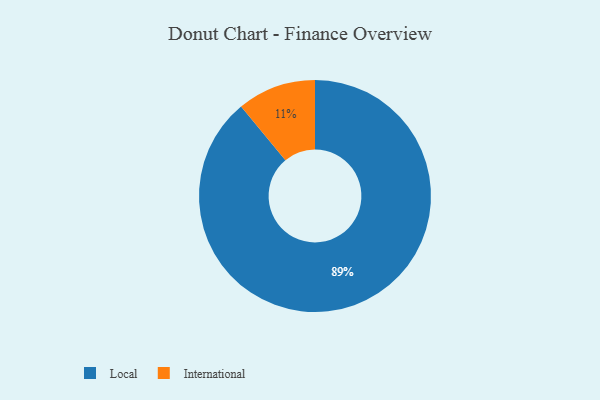
{"axis": {"x": "Category", "y": "Percentage"}, "legend": ["International", "Local"], "data": [{"x": "Local", "y": 89, "type": "Local"}, {"x": "International", "y": 11, "type": "International"}]}